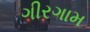
ગીરગામ